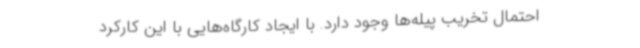
احتمال تخریب پیله‌ها وجود دارد. با ایجاد کارگاه‌هایی با این کارکرد